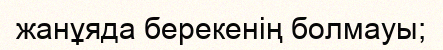
жанұяда берекенің болмауы;